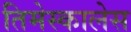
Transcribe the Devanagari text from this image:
तिमेस्कालेस